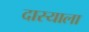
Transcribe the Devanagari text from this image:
दास्याला